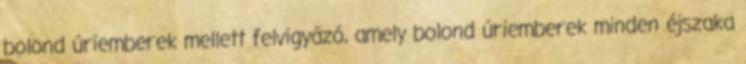
bolond úriemberek mellett felvigyázó, amely bolond úriemberek minden éjszaka